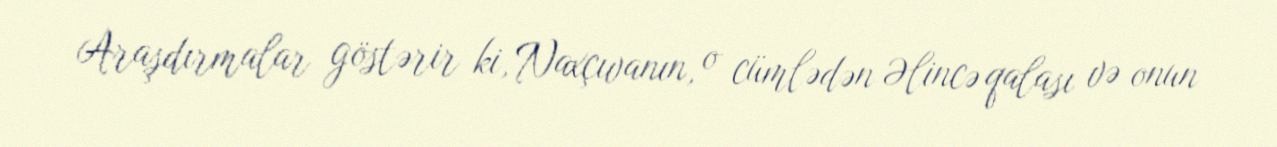
Araşdırmalar göstərir ki, Naxçıvanın, o cümlədən Əlincə qalası və onun